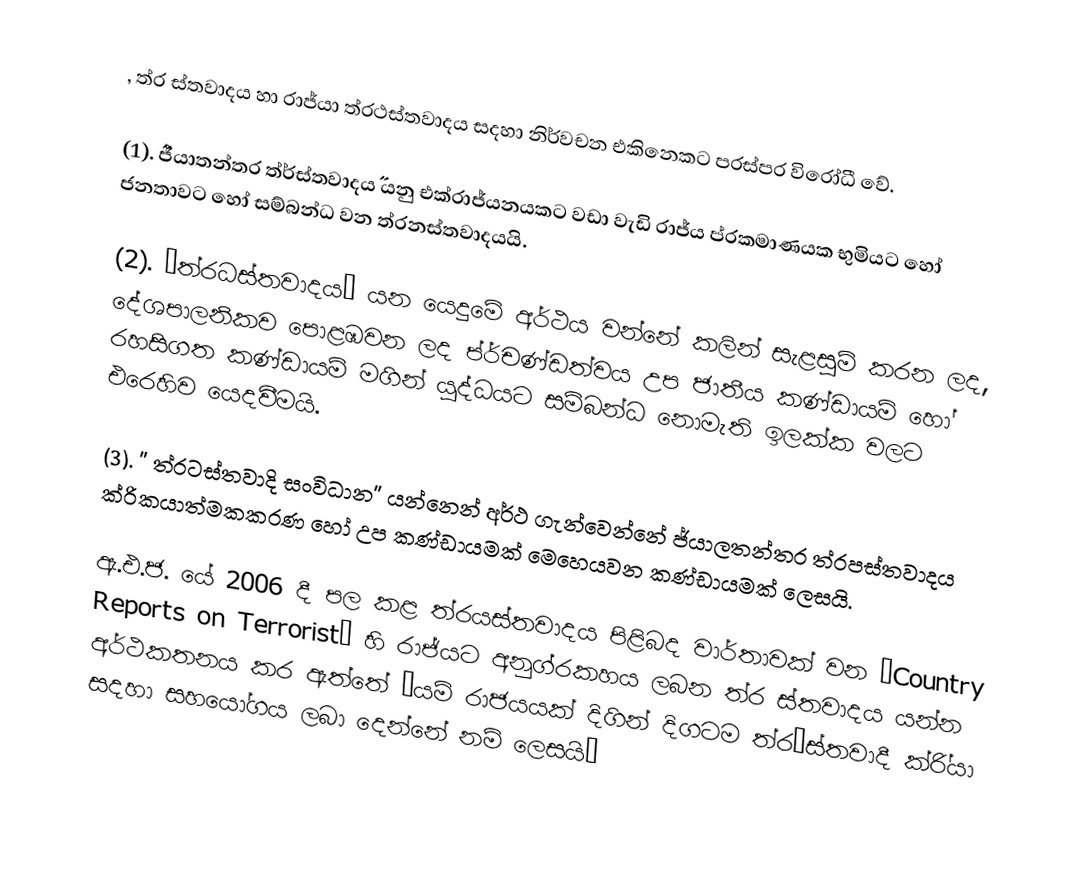
, ත්ර ස්තවාදය හා රාජ්යා ත්රථස්තවාදය සදහා නිර්වචන එකිනෙකට පරස්පර විරෝධී වේ.

(1).	˝ජ්යා‍තන්තර ත්ර්ස්තවාදය˝ යනු එක්රාජ්යනයකට වඩා වැඩි රාජ්ය  ප්රකමාණයක භුමිය‍ට හෝ ජනතාවට හෝ සම්බන්ධ වන ත්රනස්තවාදයයි.

(2).	 ˝ත්රධස්තවාදය˝ යන යෙදුමේ අර්ථය වන්නේ කලින් සැළසුම් කරන ලද, දේශපාලනිකව පොළඹවන ලද ප්ර්චණ්ඩත්වය උප ජාතීය කණ්ඩායම් හෝ රහසිගත කණ්ඩායම් මගින් යුද්ධයට සම්බන්ධ නොමැති ඉලක්ක වලට  එරෙහිව යෙදවීමයි.

(3).	 ˝ ත්රටස්තවාදි සංවිධාන˝ යන්නෙන් අර්ථ ගැන්වෙන්නේ ජ්යාලතන්තර ත්රපස්තවාදය ක්රිකයාත්මකකරණ හෝ උප කණ්ඩායමක් මෙහෙයවන කණ්ඩායමක් ලෙසයි.

ඇ.එ.ජ. යේ 2006 දී පල කළ ත්රයස්තවාදය පිළිබද වාර්තාවක් වන ˝Country Reports on Terrorist˝ හි රාජ්යට අනුග්රකහය ලබන ත්ර ස්තවාදය යන්න අර්ථකතනය කර ඇත්තේ ˝යම් රාජයයක් දිගින් දිගටම ත්ර˝ස්තවාදී ක්රි්යා සදහා සහයෝගය ලබා දෙන්නේ නම් ලෙසයි˝